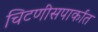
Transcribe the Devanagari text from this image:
चिटणीसपार्कात